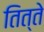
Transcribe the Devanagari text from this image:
तित्ते